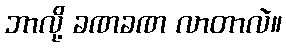
ဘာလို့ ခဏခဏ လာတာလဲ။